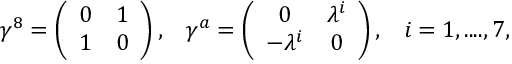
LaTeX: \gamma ^ { 8 } = \left( \begin{array} { c c } { { 0 } } & { { 1 } } \\ { { 1 } } & { { 0 } } \end{array} \right) , \; \; \; \gamma ^ { a } = \left( \begin{array} { c c } { { 0 } } & { { \lambda ^ { i } } } \\ { { - \lambda ^ { i } } } & { { 0 } } \end{array} \right) , \; \; \; i = 1 , . . . . , 7 ,